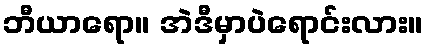
ဘီယာရော။ အဲဒီမှာပဲရောင်းလား။